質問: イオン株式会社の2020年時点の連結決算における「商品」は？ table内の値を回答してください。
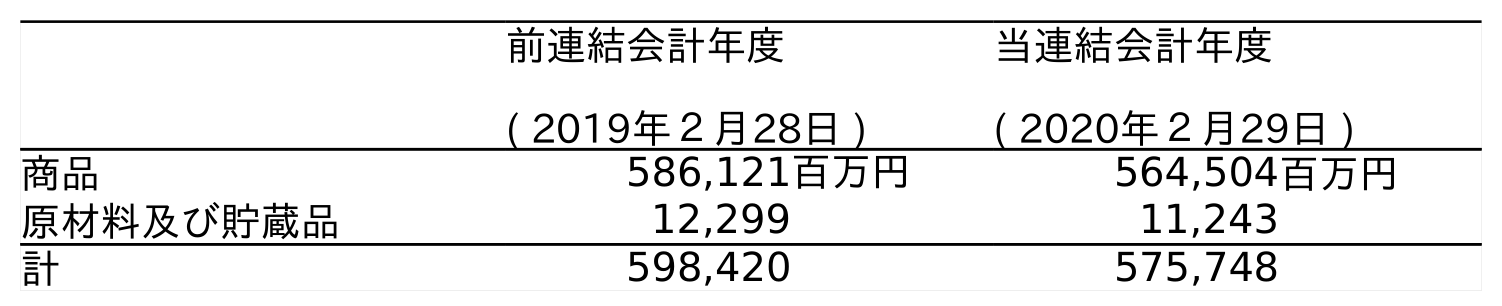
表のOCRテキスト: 前連結会計年度 ( 2019年２月28日 ) 当連結会計年度 ( 2020年２月29日 ) 商品 586,121百万円 564,504百万円 原材料及び貯蔵品 12,299 11,243 計 598,420 575,748
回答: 564,504